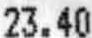
23.40